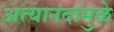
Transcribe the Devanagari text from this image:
अत्यानंदांमुळे